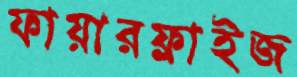
ফায়ারফ্লাইজ